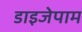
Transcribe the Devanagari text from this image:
डाइजेपाम